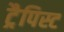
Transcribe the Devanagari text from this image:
ट्रैपिस्ट